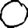
Digit: 0